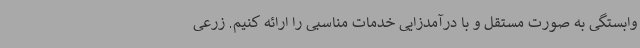
وابستگی به صورت مستقل و با درآمدزایی خدمات مناسبی را ارائه کنیم. زرعی